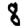
Digit: 8